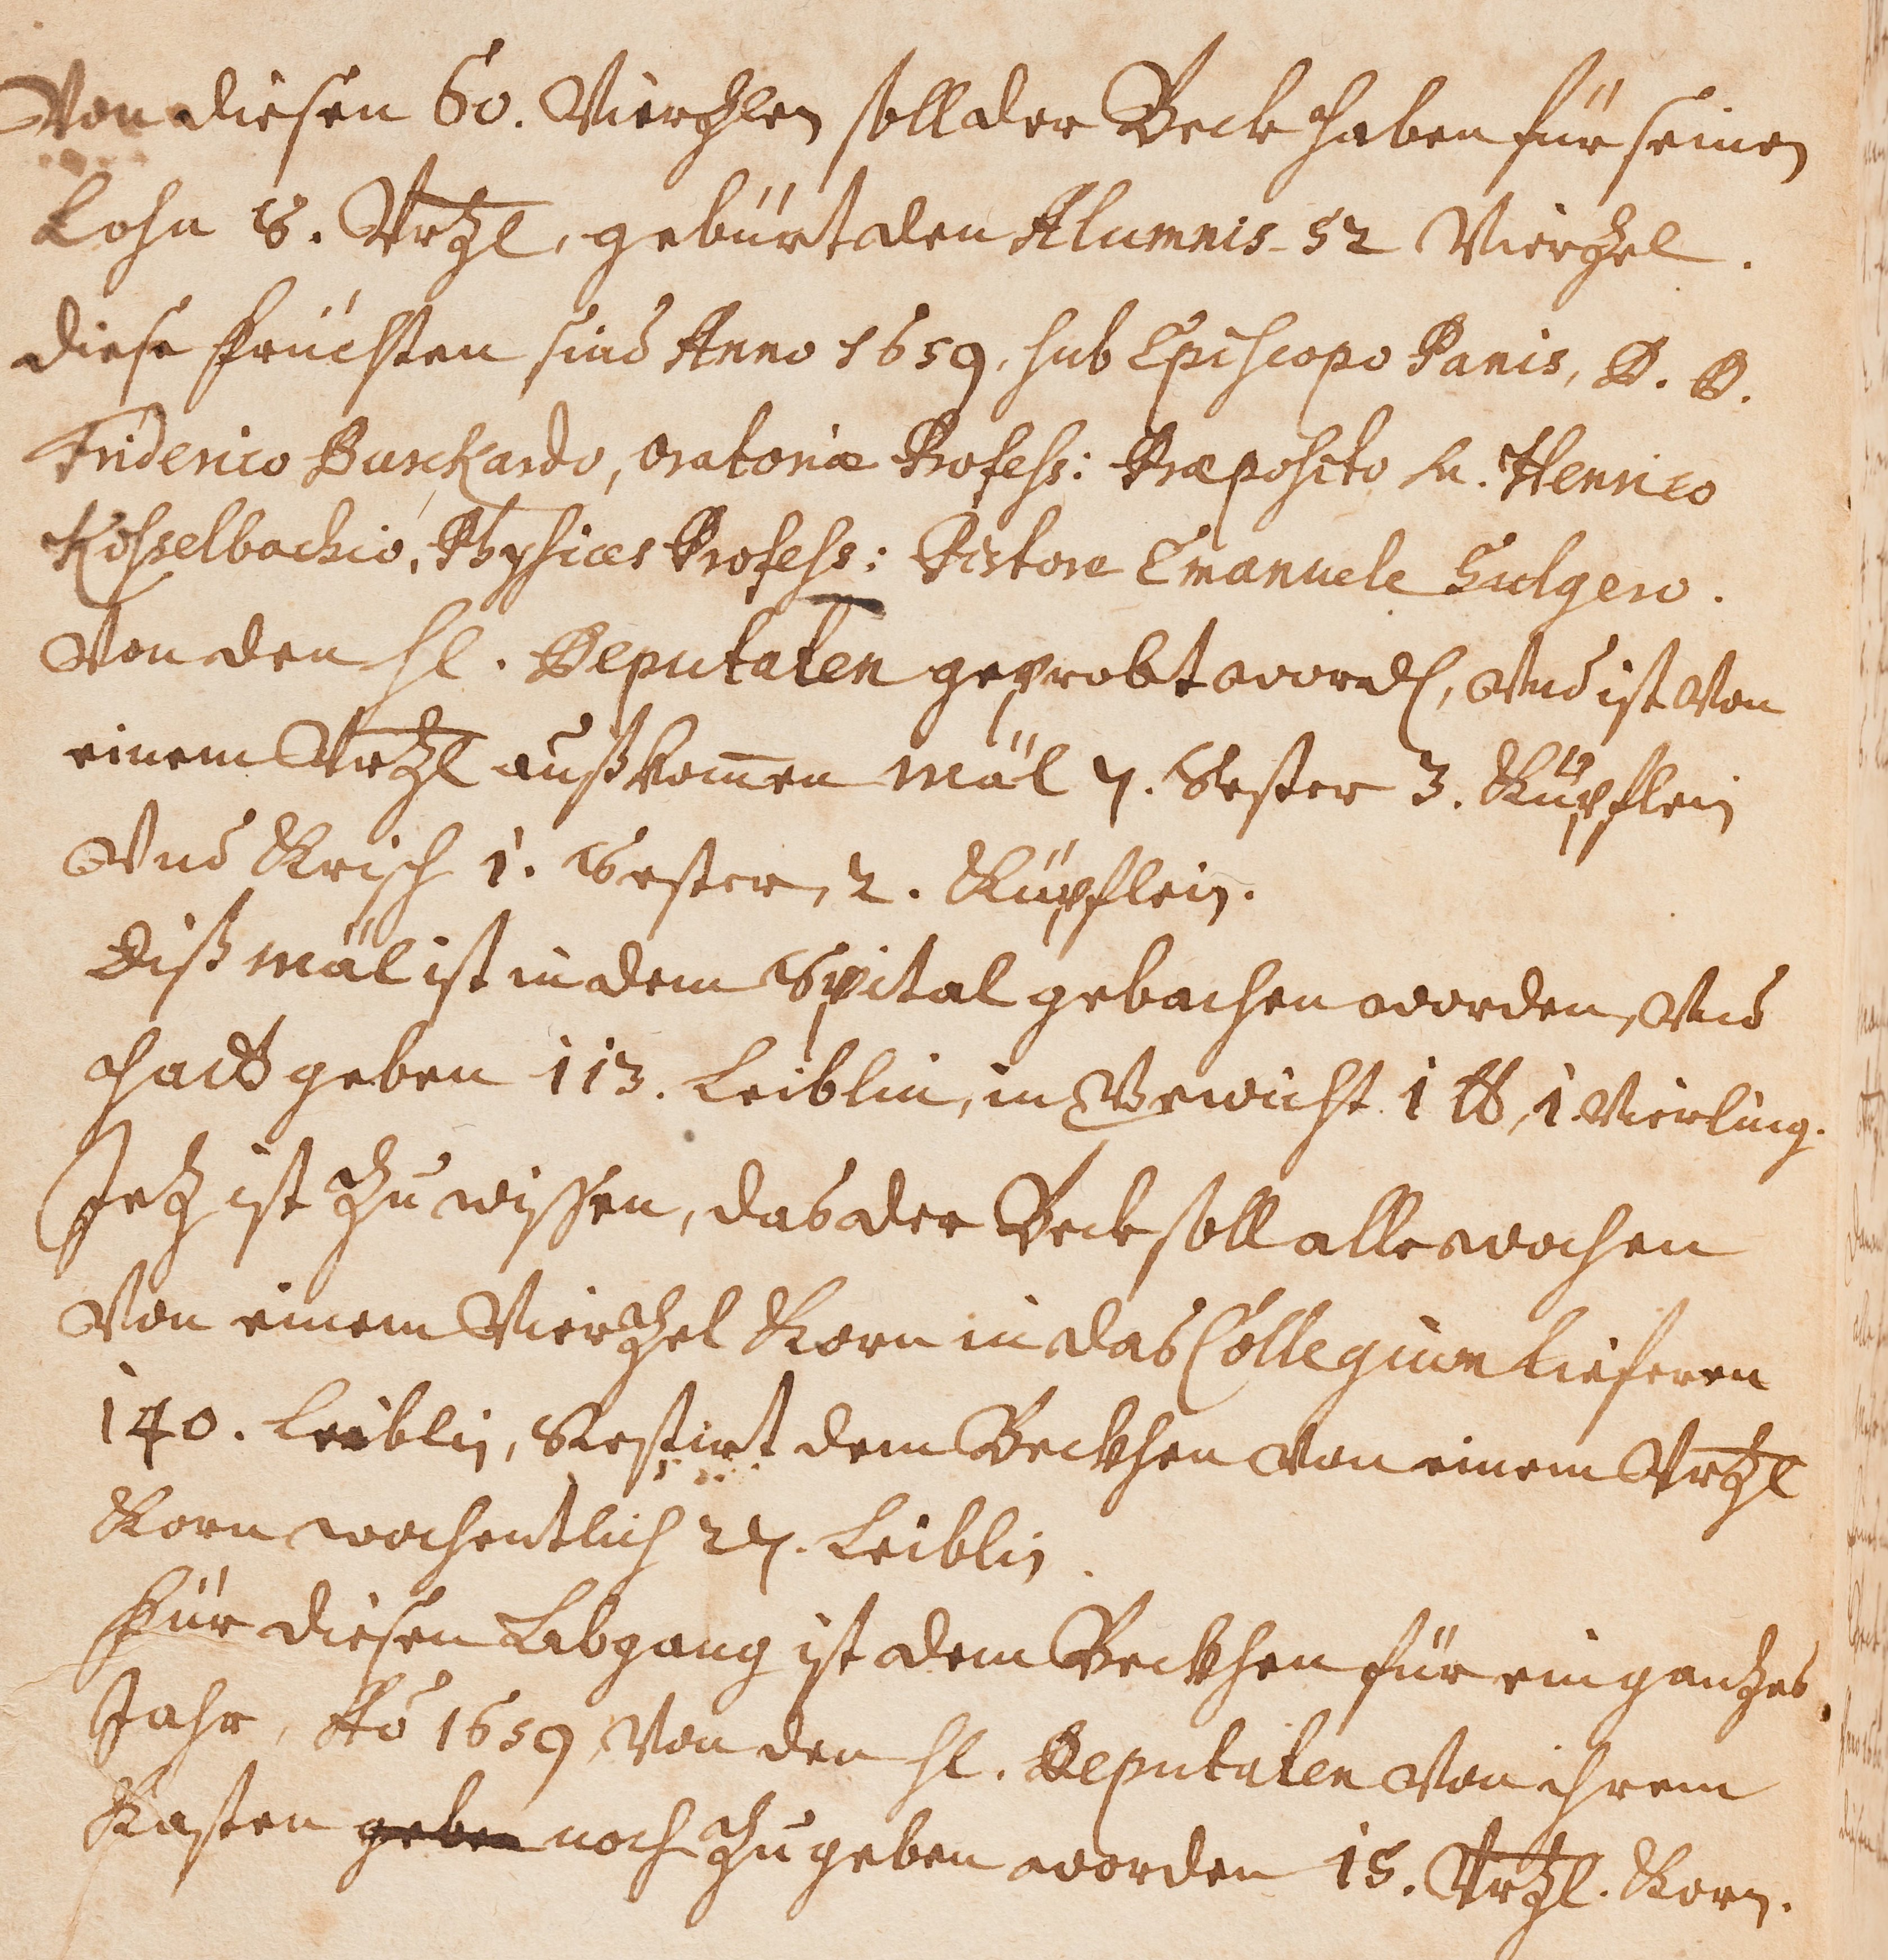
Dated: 1594–1682